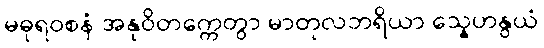
မဓုရဝစနံ အနုဝိတက္ကေတွာ မာတုလဘရိယာ သ္နေဟနွယံ